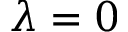
\lambda = 0